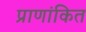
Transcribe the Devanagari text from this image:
प्राणांकित